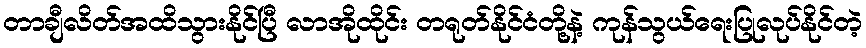
တာချီလိတ်အထိသွားနိုင်ပြီ လာအိုထိုင်း တရုတ်နိုင်ငံတို့နဲ့ ကုန်သွယ်ရေးပြုလုပ်နိုင်တဲ့